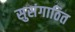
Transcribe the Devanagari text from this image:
सुसंगाठित